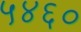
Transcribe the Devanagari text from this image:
५४६०